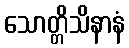
သောတ္တိသိနာနံ